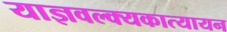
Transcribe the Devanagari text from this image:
याज्ञवल्क्यकात्यायन